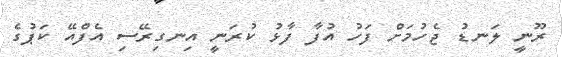
ރޫނީ ލަނޑު ޖެހުމަށް ފަހު އުފާ ފާޅު ކުރަނީ އިނގިރޭސި އެފްއޭ ކަޕުގެ